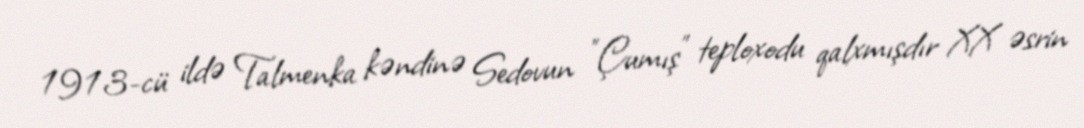
1913-cü ildə Talmenka kəndinə Sedovun "Çumış" teploxodu qalxmışdır XX əsrin